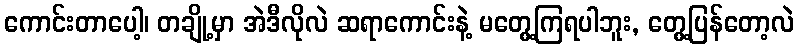
ကောင်းတာပေါ့၊ တချို့မှာ အဲဒီလိုလဲ ဆရာကောင်းနဲ့ မတွေ့ကြရပါဘူး, တွေ့ပြန်တော့လဲ